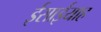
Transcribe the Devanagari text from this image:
ईसाईयाह